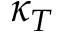
\kappa _ { T }